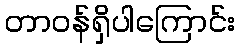
တာဝန်ရှိပါကြောင်း